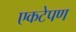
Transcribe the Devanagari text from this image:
एकटेपण